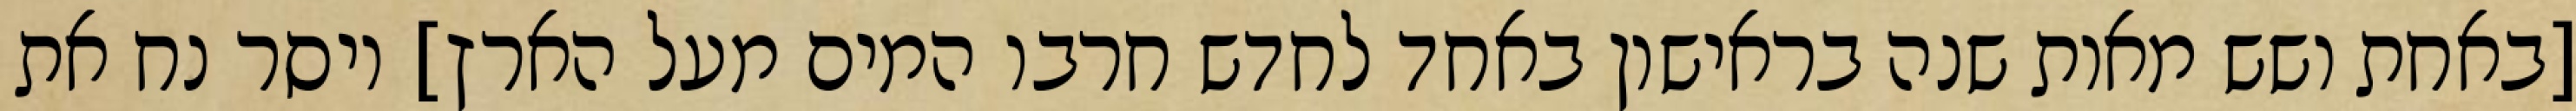
[באחת ושש מאות שנה בראישון באחד לחדש חרבו המים מעל הארץ] ויסר נח את